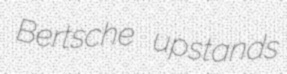
Bertsche upstands